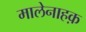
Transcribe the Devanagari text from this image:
मालेनाहक़